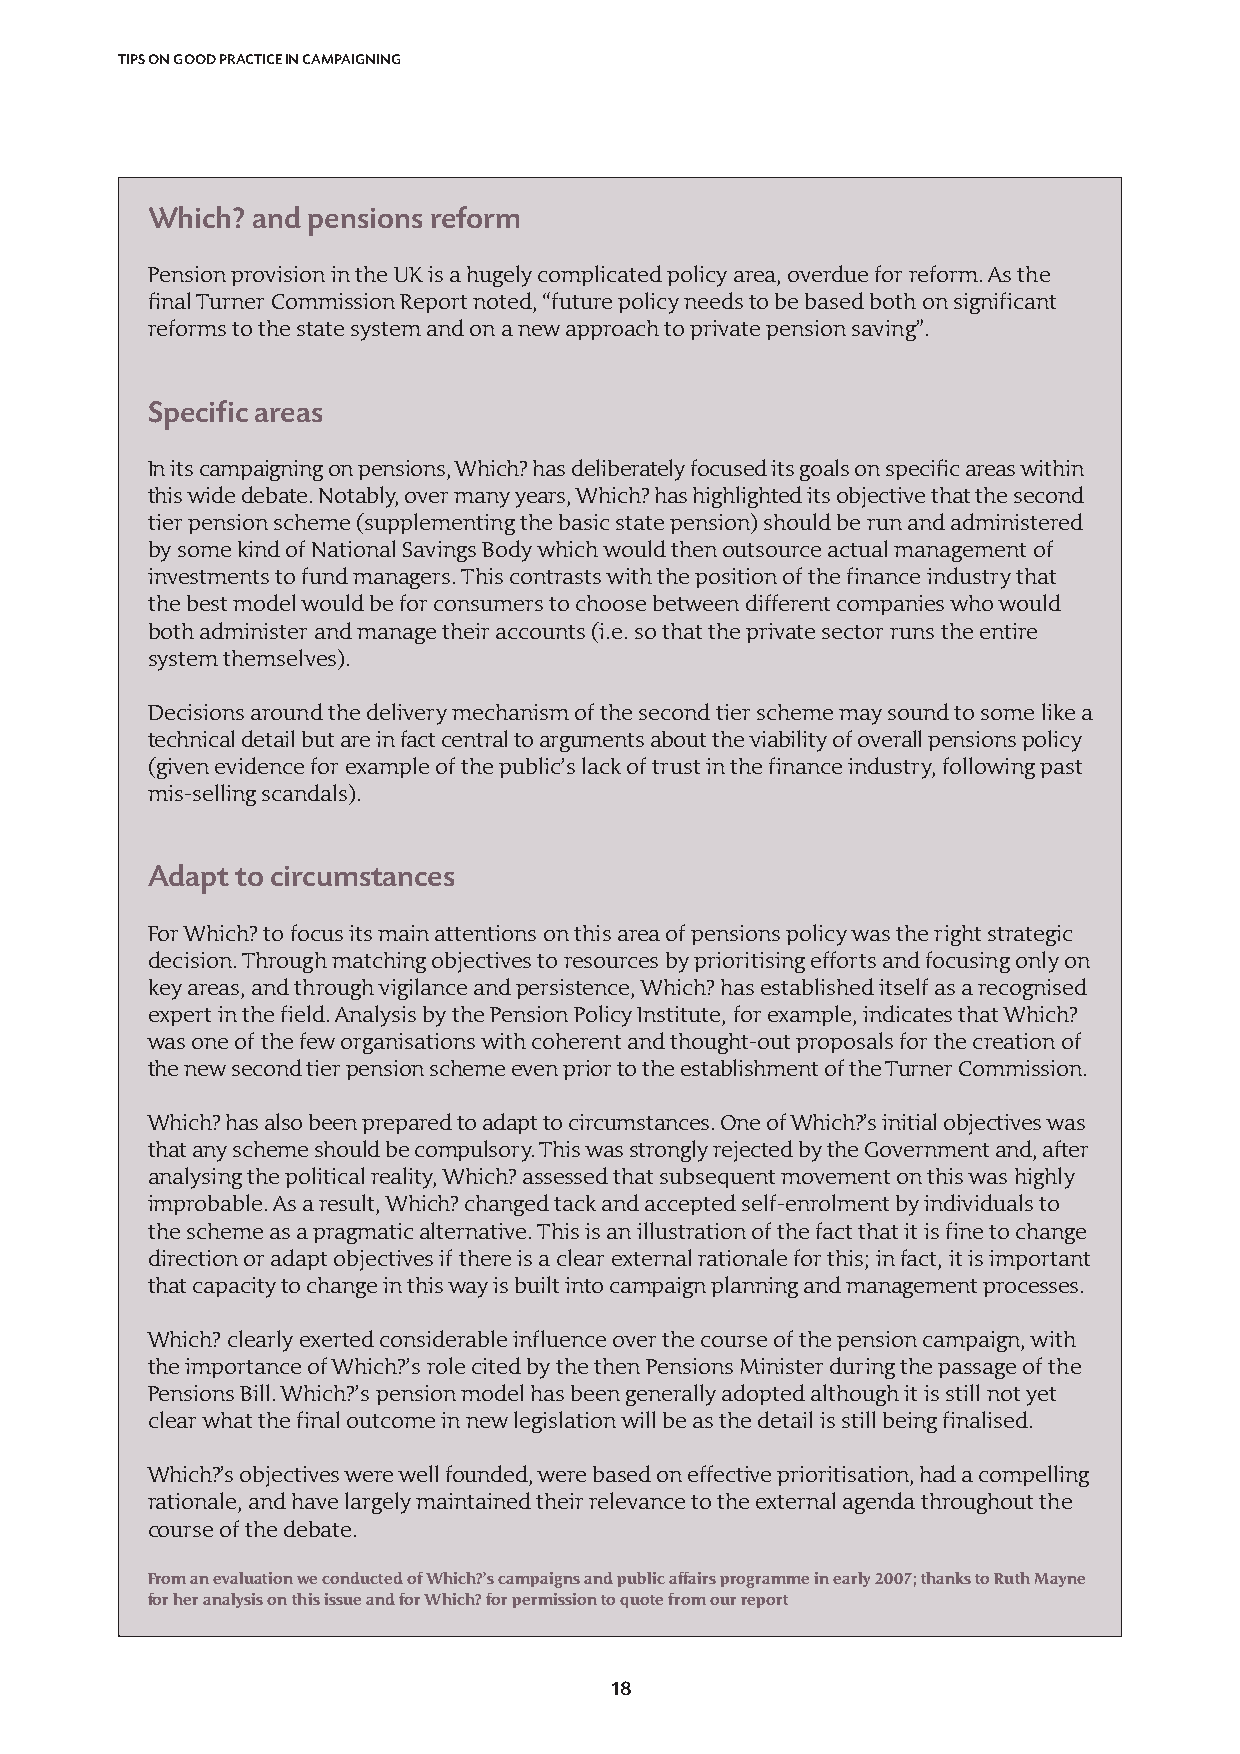
TIPS ON GOOD PRACTICE IN CAMPAIGNING
 Which? and pensions reform
 Pension provision in the UK is a hugely complicated policy area, overdue for reform. As the
 final Turner Commission Report noted, “future policy needs to be based both on significant
 reforms to the state system and on a new approach to private pension saving”.
 Specific areas
 In its campaigning on pensions, Which? has deliberately focused its goals on specific areas within
 this wide debate. Notably, over many years, Which? has highlighted its objective that the second
 tier pension scheme (supplementing the basic state pension) should be run and administered
 by some kind of National Savings Body which would then outsource actual management of
 investments to fund managers. This contrasts with the position of the finance industry that
 the best model would be for consumers to choose between different companies who would
 both administer and manage their accounts (i.e. so that the private sector runs the entire
 system themselves).
 Decisions around the delivery mechanism of the second tier scheme may sound to some like a
 technical detail but are in fact central to arguments about the viability of overall pensions policy
 (given evidence for example of the public’s lack of trust in the finance industry, following past
 mis-selling scandals).
 Adapt to circumstances
 For Which? to focus its main attentions on this area of pensions policy was the right strategic
 decision. Through matching objectives to resources by prioritising efforts and focusing only on
 key areas, and through vigilance and persistence, Which? has established itself as a recognised
 expert in the field. Analysis by the Pension Policy Institute, for example, indicates that Which?
 was one of the few organisations with coherent and thought-out proposals for the creation of
 the new second tier pension scheme even prior to the establishment of the Turner Commission.
 Which? has also been prepared to adapt to circumstances. One of Which?’s initial objectives was
 that any scheme should be compulsory. This was strongly rejected by the Government and, after
 analysing the political reality, Which? assessed that subsequent movement on this was highly
 improbable. As a result, Which? changed tack and accepted self-enrolment by individuals to
 the scheme as a pragmatic alternative. This is an illustration of the fact that it is fine to change
 direction or adapt objectives if there is a clear external rationale for this; in fact, it is important
 that capacity to change in this way is built into campaign planning and management processes.
 Which? clearly exerted considerable influence over the course of the pension campaign, with
 the importance of Which?’s role cited by the then Pensions Minister during the passage of the
 Pensions Bill. Which?’s pension model has been generally adopted although it is still not yet
 clear what the final outcome in new legislation will be as the detail is still being finalised.
 Which?’s objectives were well founded, were based on effective prioritisation, had a compelling
 rationale, and have largely maintained their relevance to the external agenda throughout the
 course of the debate.
 From an evaluation we conducted of Which?’s campaigns and public affairs programme in early 2007; thanks to Ruth Mayne
 for her analysis on this issue and for Which? for permission to quote from our report
 18